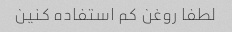
لطفا روغن کم استفاده کنین